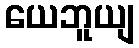
ယေဘူယျ